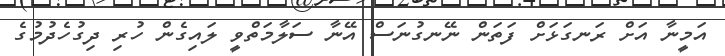
އަމީނާ އަށް ރަނގަޅަށް ފަތަން ނޭނގުނަސް އޭނާ ސަލާމަތްވީ ލައިގެން ހުރި ދިގުހެދުމުގެ